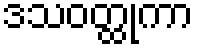
ဒသဝတ္ထုကာ